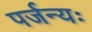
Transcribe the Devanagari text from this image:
पर्जन्यः